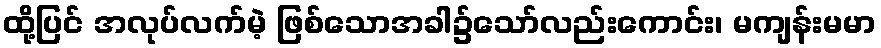
ထို့ပြင် အလုပ်လက်မဲ့ ဖြစ်သောအခါ၌သော်လည်းကောင်း၊ မကျန်းမမာ